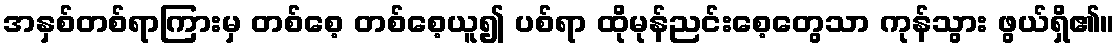
အနှစ်တစ်ရာကြားမှ တစ်စေ့ တစ်စေ့ယူ၍ ပစ်ရာ ထိုမုန်ညင်းစေ့တွေသာ ကုန်သွား ဖွယ်ရှိ၏။